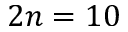
2 n = 1 0